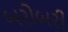
બરોબરી